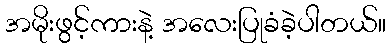
အမိုးဖွင့်ကားနဲ့ အလေးပြုခံခဲ့ပါတယ်။